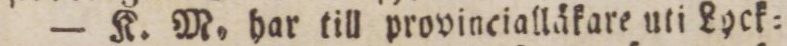
— K. M. har till provincialläkare uti Lyck=